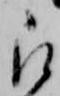
被